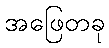
အဖြေတခု